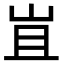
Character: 𭖍